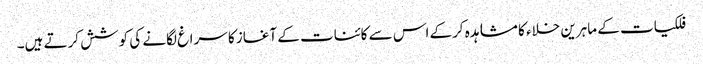
فلکیات کے ماہرین خلاء کا مشاہدہ کرکے اس سے کائنات کے آغاز کا سراغ لگانے کی کوشش کرتے ہیں۔